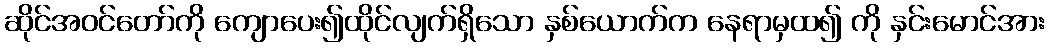
ဆိုင်အဝင်တော်ကို ကျောပေး၍ထိုင်လျက်ရှိသော နှစ်ယောက်က နေရာမှထ၍ ကို နှင်းမောင်အား